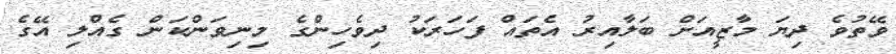
ވޭތުވެ ދިޔަ މާޒީއަށް ބަލާއިރު އެތައް ފަހަރަކު ދިވެހިންގެ މިނިވަންކަން ގެއްލި އޭގެ